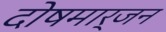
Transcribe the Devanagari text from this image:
दोषमार्जन